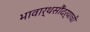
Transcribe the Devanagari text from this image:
भावार्थसौंदर्याची